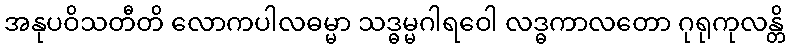
အနုပဝိသတီတိ လောကပါလဓမ္မာ သဒ္ဓမ္မဂါရဝေါ လဒ္ဓကာလတော ဂုရုကုလန္တိ